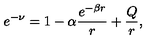
e ^ { - \nu } = 1 - \alpha \frac { e ^ { - \beta r } } { r } + \frac { Q } { r } ,